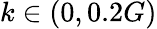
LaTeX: k\in(0,0.2G)